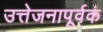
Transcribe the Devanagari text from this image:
उत्तेजनापूर्वक